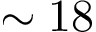
\sim 1 8